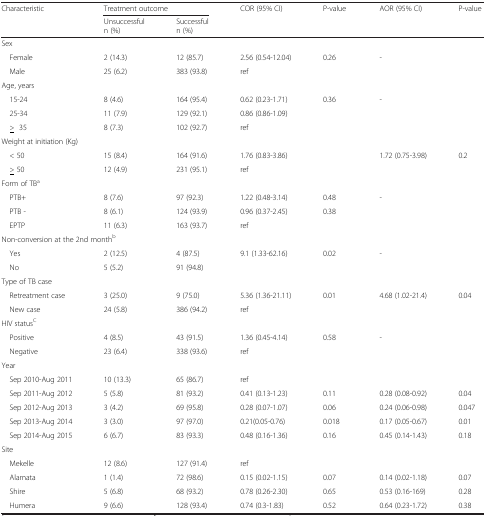
<table><thead><tr><td rowspan="2"><b>Characteristic</b></td><td colspan="2"><b>Treatment outcome</b></td><td rowspan="2"><b>COR (95% CI)</b></td><td rowspan="2"><b>P-value</b></td><td rowspan="2"><b>AOR (95% CI)</b></td><td rowspan="2"><b>P-value</b></td></tr><tr><td><b>Unsuccessfuln (%)</b></td><td><b>Successfuln (%)</b></td></tr></thead><tbody><tr><td colspan="7">Sex</td></tr><tr><td> Female</td><td>2 (14.3)</td><td>12 (85.7)</td><td>2.56 (0.54-12.04)</td><td>0.26</td><td>-</td><td></td></tr><tr><td> Male</td><td>25 (6.2)</td><td>383 (93.8)</td><td>ref</td><td></td><td></td><td></td></tr><tr><td colspan="7">Age, years</td></tr><tr><td> 15-24</td><td>8 (4.6)</td><td>164 (95.4)</td><td>0.62 (0.23-1.71)</td><td>0.36</td><td>-</td><td></td></tr><tr><td> 25-34</td><td>11 (7.9)</td><td>129 (92.1)</td><td>0.86 (0.86-1.09)</td><td></td><td></td><td></td></tr><tr><td> <underline>&gt;</underline> 35</td><td>8 (7.3)</td><td>102 (92.7)</td><td>ref</td><td></td><td></td><td></td></tr><tr><td colspan="7">Weight at initiation (Kg)</td></tr><tr><td> &lt; 50</td><td>15 (8.4)</td><td>164 (91.6)</td><td>1.76 (0.83-3.86)</td><td></td><td>1.72 (0.75-3.98)</td><td>0.2</td></tr><tr><td> <underline>&gt;</underline> 50</td><td>12 (4.9)</td><td>231 (95.1)</td><td>ref</td><td></td><td></td><td></td></tr><tr><td colspan="7">Form of TB<sup>a</sup></td></tr><tr><td> PTB+</td><td>8 (7.6)</td><td>97 (92.3)</td><td>1.22 (0.48-3.14)</td><td>0.48</td><td>-</td><td></td></tr><tr><td> PTB -</td><td>8 (6.1)</td><td>124 (93.9)</td><td>0.96 (0.37-2.45)</td><td>0.38</td><td></td><td></td></tr><tr><td> EPTP</td><td>11 (6.3)</td><td>163 (93.7)</td><td>ref</td><td></td><td></td><td></td></tr><tr><td colspan="7">Non-conversion at the 2nd month<sup>b</sup></td></tr><tr><td> Yes</td><td>2 (12.5)</td><td>4 (87.5)</td><td>9.1 (1.33-62.16)</td><td>0.02</td><td>-</td><td></td></tr><tr><td> No</td><td>5 (5.2)</td><td>91 (94.8)</td><td></td><td></td><td></td><td></td></tr><tr><td colspan="7">Type of TB case</td></tr><tr><td> Retreatment case</td><td>3 (25.0)</td><td>9 (75.0)</td><td>5.36 (1.36-21.11)</td><td>0.01</td><td>4.68 (1.02-21.4)</td><td>0.04</td></tr><tr><td> New case</td><td>24 (5.8)</td><td>386 (94.2)</td><td>ref</td><td></td><td></td><td></td></tr><tr><td colspan="7">HIV status<sup>C</sup></td></tr><tr><td> Positive</td><td>4 (8.5)</td><td>43 (91.5)</td><td>1.36 (0.45-4.14)</td><td>0.58</td><td>-</td><td></td></tr><tr><td> Negative</td><td>23 (6.4)</td><td>338 (93.6)</td><td>ref</td><td></td><td></td><td></td></tr><tr><td colspan="7">Year</td></tr><tr><td> Sep 2010-Aug 2011</td><td>10 (13.3)</td><td>65 (86.7)</td><td>ref</td><td></td><td></td><td></td></tr><tr><td> Sep 2011-Aug 2012</td><td>5 (5.8)</td><td>81 (93.2)</td><td>0.41 (0.13-1.23)</td><td>0.11</td><td>0.28 (0.08-0.92)</td><td>0.04</td></tr><tr><td> Sep 2012-Aug 2013</td><td>3 (4.2)</td><td>69 (95.8)</td><td>0.28 (0.07-1.07)</td><td>0.06</td><td>0.24 (0.06-0.98)</td><td>0.047</td></tr><tr><td> Sep 2013-Aug 2014</td><td>3 (3.0)</td><td>97 (97.0)</td><td>0.21(0.05-0.76)</td><td>0.018</td><td>0.17 (0.05-0.67)</td><td>0.01</td></tr><tr><td> Sep 2014-Aug 2015</td><td>6 (6.7)</td><td>83 (93.3)</td><td>0.48 (0.16-1.36)</td><td>0.16</td><td>0.45 (0.14-1.43)</td><td>0.18</td></tr><tr><td colspan="7">Site</td></tr><tr><td> Mekelle</td><td>12 (8.6)</td><td>127 (91.4)</td><td>ref</td><td></td><td></td><td></td></tr><tr><td> Alamata</td><td>1 (1.4)</td><td>72 (98.6)</td><td>0.15 (0.02-1.15)</td><td>0.07</td><td>0.14 (0.02-1.18)</td><td>0.07</td></tr><tr><td> Shire</td><td>5 (6.8)</td><td>68 (93.2)</td><td>0.78 (0.26-2.30)</td><td>0.65</td><td>0.53 (0.16-169)</td><td>0.28</td></tr><tr><td> Humera</td><td>9 (6.6)</td><td>128 (93.4)</td><td>0.74 (0.3-1.83)</td><td>0.52</td><td>0.64 (0.23-1.72)</td><td>0.38</td></tr></tbody></table>